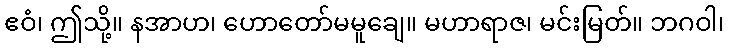
ဧဝံ၊ ဤသို့။ နအာဟ၊ ဟောတော်မမူချေ။ မဟာရာဇ၊ မင်းမြတ်။ ဘဂဝါ၊